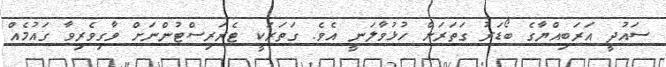
ސައުދީ އަރަބިއްޔާގެ ބޯޑަރު ގަތަރަށް ހުޅުވާލަނީ އެވެ. ގަތަރަކީ ޓެރަރިސްޓުންނަށް ވާގިވެރިވާ ގައުމެއް